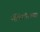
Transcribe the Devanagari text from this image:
मॅकिंटॉशच्या